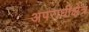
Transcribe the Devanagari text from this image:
अपराधीक्षेत्र